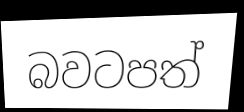
බවටපත්